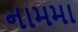
નામમા